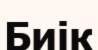
Биік